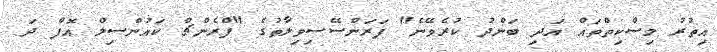
އިތުރު މިސްކިތްތައް އަދި ބަންދު ކުރެވޭނެ" ފަރަންސޭސިވިލާތުގެ "ފްރެންޗް ކައުންސިލް އޮފް ދަ